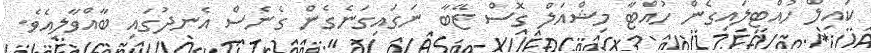
ކައިލް ހުއްޓިލައިގެން ހުއްޓާ މިޝްއަލް ގޮސް ޒޭބާ ނަގައިގަނެގެން ގެނެސް އެނދުގައި ބާއްވާލިއެވެ.